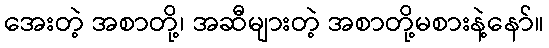
အေးတဲ့ အစာတို့၊ အဆီများတဲ့ အစာတို့မစားနဲ့နော်။